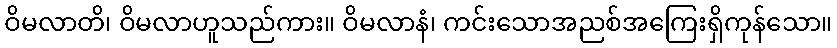
ဝိမလာတိ၊ ဝိမလာဟူသည်ကား။ ဝိမလာနံ၊ ကင်းသောအညစ်အကြေးရှိကုန်သော။